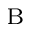
_ \textrm { B }